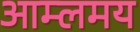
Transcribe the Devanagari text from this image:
आम्लमय